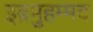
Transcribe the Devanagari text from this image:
इब्नमुहम्मद